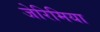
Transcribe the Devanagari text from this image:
जेरिमिया